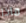
ماذا